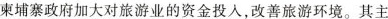
束埔寨政府加大对旅游业的资金投入，改善旅游环境。其主